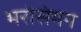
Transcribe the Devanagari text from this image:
भरोसेमन